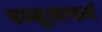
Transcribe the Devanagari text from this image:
षण्मुखाचार्य